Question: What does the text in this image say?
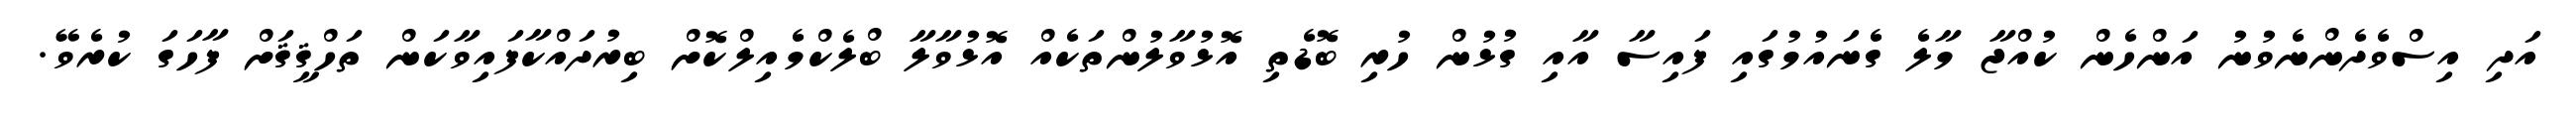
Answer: އަދި އިސްވެދެންނެވުނު އަންހެން ކުއްޖާ މާލެ ގެނައުމުގައި ފައިސާ އާއި ގުޅުން ހުރި ބޮޑެތި އޮޅުވާލުންތަކެއް އޮޅުވާލާ ބްލެކްމެއިލްކޮށް ބިރުދައްކާފައިވާކަން ތަހްޤީޤަށް ފާހަގަ ކުރެވޭ.